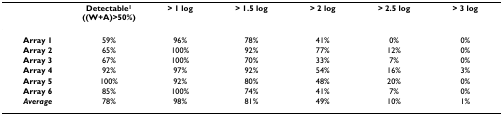
<table><thead><tr><td></td><td><b>Detectable<sup>1 </sup>((W+A)&gt;50%)</b></td><td><b>&gt; 1 log</b></td><td><b>&gt; 1.5 log</b></td><td><b>&gt; 2 log</b></td><td><b>&gt; 2.5 log</b></td><td><b>&gt; 3 log</b></td></tr></thead><tbody><tr><td><b>Array 1</b></td><td>59%</td><td>96%</td><td>78%</td><td>41%</td><td>0%</td><td>0%</td></tr><tr><td><b>Array 2</b></td><td>65%</td><td>100%</td><td>92%</td><td>77%</td><td>12%</td><td>0%</td></tr><tr><td><b>Array 3</b></td><td>67%</td><td>100%</td><td>70%</td><td>33%</td><td>7%</td><td>0%</td></tr><tr><td><b>Array 4</b></td><td>92%</td><td>97%</td><td>92%</td><td>54%</td><td>16%</td><td>3%</td></tr><tr><td><b>Array 5</b></td><td>100%</td><td>92%</td><td>80%</td><td>48%</td><td>20%</td><td>0%</td></tr><tr><td><b>Array 6</b></td><td>85%</td><td>100%</td><td>74%</td><td>41%</td><td>7%</td><td>0%</td></tr><tr><td><b><i>Average</i></b></td><td>78%</td><td>98%</td><td>81%</td><td>49%</td><td>10%</td><td>1%</td></tr></tbody></table>